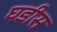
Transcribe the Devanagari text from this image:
घडीस